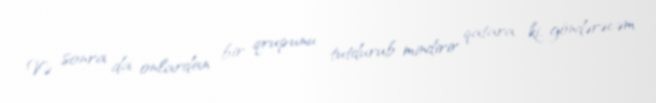
Və sonra da onlardan bir qrupunu tutdurub mindirir qatara ki, göndərəcəm